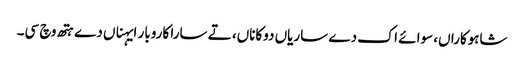
شاہوکاراں، سوائے اک دے ساریاں دوکاناں، تے سارا کاروبار ایہناں دے ہتھ وچ سی۔